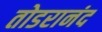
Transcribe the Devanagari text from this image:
तोडरानंद